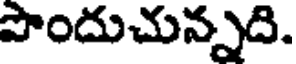
పొందుచున్నది.